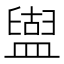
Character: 𥂤